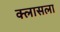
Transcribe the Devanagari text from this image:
क्लासला